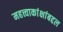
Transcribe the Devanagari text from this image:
महत्त्वाकांक्षांबद्दल